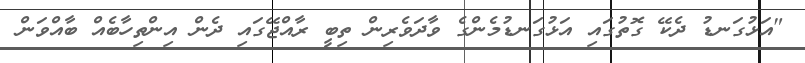
"އަޅުގަނޑު ދެކޭ ގޮތުގައި އަޅުގަނޑުމެންގެ ވާދަވެރިން ތިބީ ރާއްޖޭގައި ދެން އިންތިހާބެއް ބާއްވަން